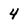
Character: 4